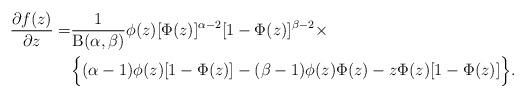
LaTeX: \begin{align*}\frac{\partial f(z)}{\partial z}=&\frac{1}{\mathrm{B}(\alpha,\beta)}\phi(z)[\Phi(z)]^{\alpha-2}[1-\Phi(z)]^{\beta-2}\times\\&\Big\{(\alpha-1)\phi(z)[1-\Phi(z)]-(\beta-1)\phi(z)\Phi(z)-z \Phi(z) [1-\Phi(z)]\Big\}.\end{align*}